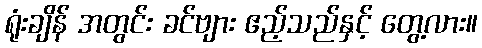
ရုံးချိန် အတွင်း ခင်ဗျား ဧည့်သည်နှင့် တွေ့လား။